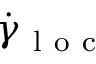
\dot { \gamma } _ { \mathrm { ~ l ~ o ~ c ~ } }